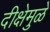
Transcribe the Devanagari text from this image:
दीक्षेमुळे